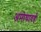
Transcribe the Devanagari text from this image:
अमोघावर्ह